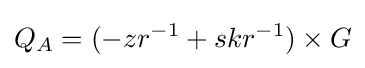
Q_{A}=(-zr^{-1}+skr^{-1})\times G